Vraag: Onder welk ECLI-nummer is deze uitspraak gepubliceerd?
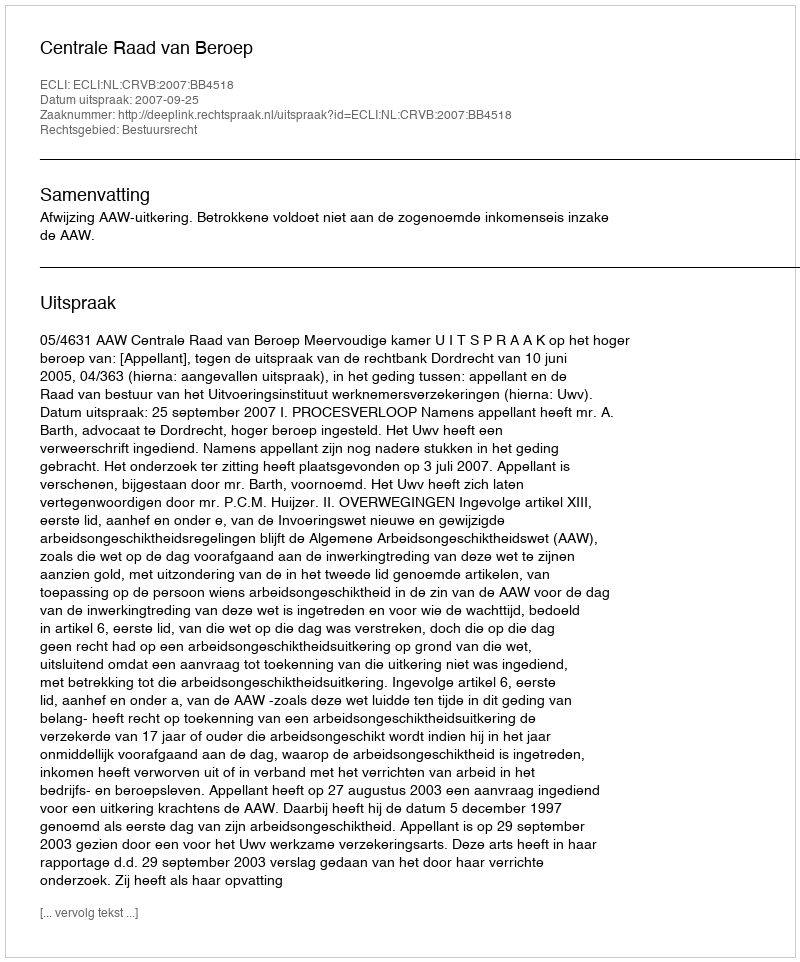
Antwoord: ECLI:NL:CRVB:2007:BB4518